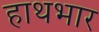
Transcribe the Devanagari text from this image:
हाथभार